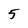
Character: 5